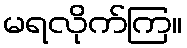
မရလိုက်ကြ။